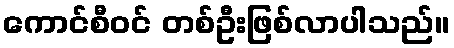
ကောင်စီဝင် တစ်ဦးဖြစ်လာပါသည်။